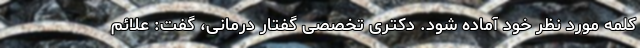
کلمه مورد نظر خود آماده شود. دکتری تخصصی گفتار درمانی، گفت: علائم